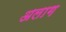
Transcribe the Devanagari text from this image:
अलाग